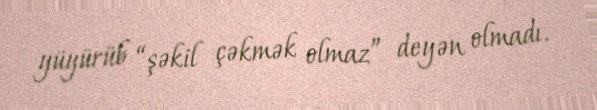
yüyürüb “şəkil çəkmək olmaz” deyən olmadı.